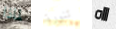
لماذا تنورة اااه